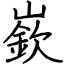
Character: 嶔